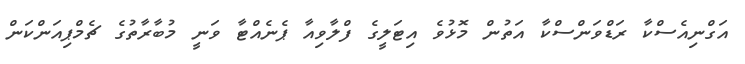
އަގްނިއެސްކާ ރަޑްވަންސްކާ އަތުން މޮޅުވެ އިޓަލީގެ ފްލާވިއާ ޕެނެއްޓާ ވަނީ މުބާރާތުގެ ޗެމްޕިއަންކަން